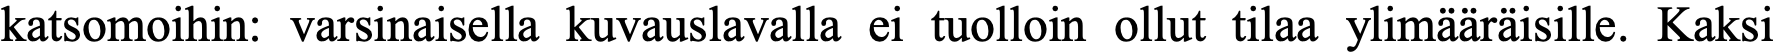
katsomoihin: varsinaisella kuvauslavalla ei tuolloin ollut tilaa ylimääräisille. Kaksi